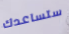
ستساعدك